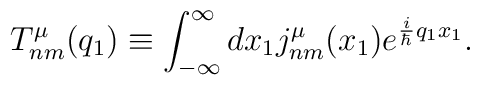
T_{nm}^{\mu}(q_1) \equiv \int_{-\infty}^{\infty} dx_1j_{nm}^{\mu}(x_1) e^{\frac{i}{\hbar}q_1x_1} .